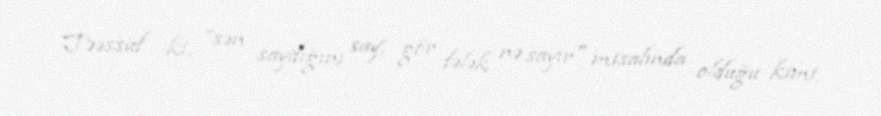
Təəssüf ki, ”sən saydığını say, gör fələk nə sayır" misalında olduğu kimi,